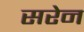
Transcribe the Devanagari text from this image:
सरेन